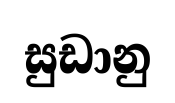
සුඩානු